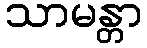
သာမန္တာ